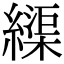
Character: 𦄽